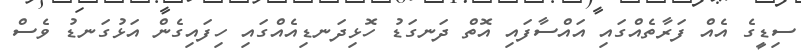
ސިޑީގެ އެއް ފަރާތެއްގައި އައްސާފައި އޮތް ދަނގަޑު ހޮޅިދަނޑިއެއްގައި ހިފައިގެން އަޅުގަނޑު ވެސް